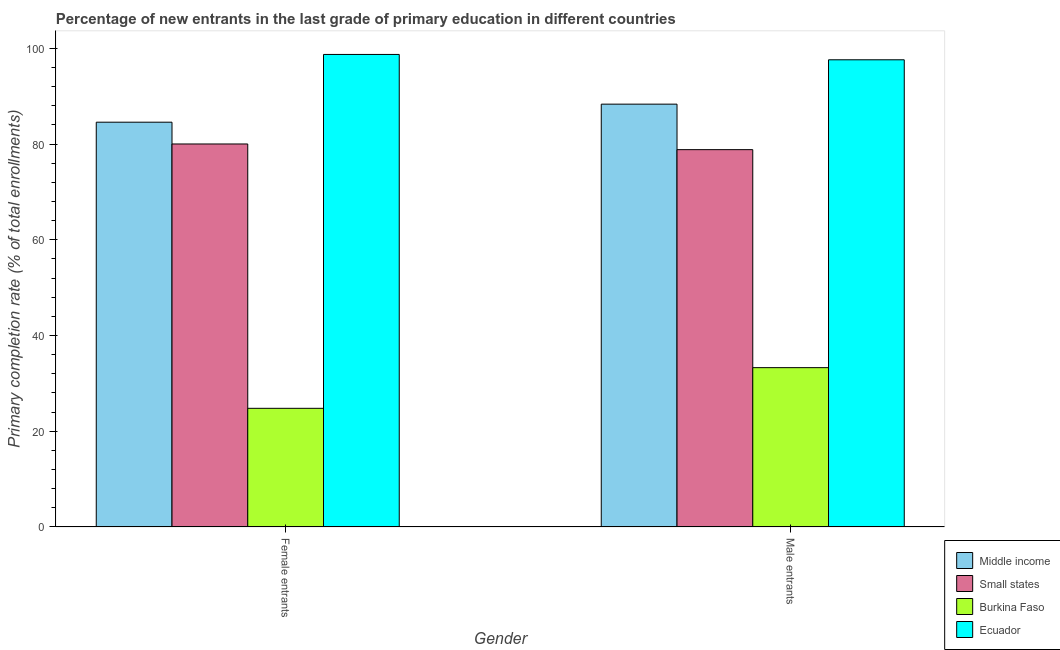
| Gender | Middle income | Small states | Burkina Faso | Ecuador |
 | --- | --- | --- | --- | --- |
 | Female entrants | 84.6 | 80 | 24.8 | 98.7 |
 | Male entrants | 88.3 | 78.8 | 33.3 | 97.6 |